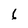
Character: 6